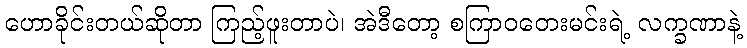
ဟောခိုင်းတယ်ဆိုတာ ကြည့်ဖူးတာပဲ၊ အဲဒီတော့ စကြာဝတေးမင်းရဲ့ လက္ခဏာနဲ့